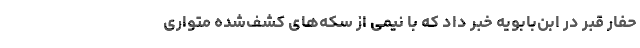
حفار قبر در ابن‌بابویه خبر داد که با نیمی از سکه‌های کشف‌شده متواری